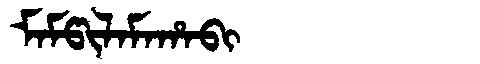
Manchu: ᠮᠠᠮᡦᡳᠯᠠᠮᠠᡥᠠᠪᡳ
Romanization: MAMPILAMAHABI